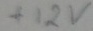
Text: +12V